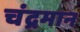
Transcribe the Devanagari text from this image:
चंद्रमान